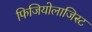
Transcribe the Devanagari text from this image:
फिजियोलाजिस्ट